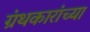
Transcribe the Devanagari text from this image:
ग्रंथकारांच्या